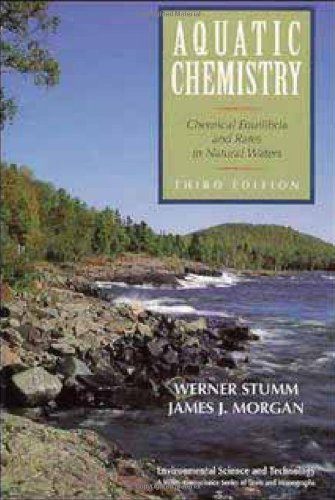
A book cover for Aquatic Chemistry: Chemical Equilibria and Rates in Natural Waters; Werner Stumm; Engineering & Transportation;